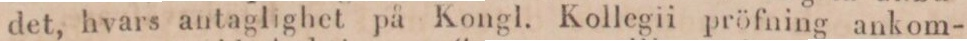
det, hvars antaglighet på Kongl. Kollegii pröfning ankom-